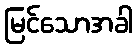
မြင်သောအခါ